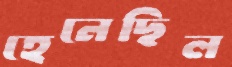
হেনেছিল